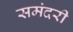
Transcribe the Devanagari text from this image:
समंदरी